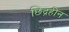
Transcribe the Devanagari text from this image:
छिद्रहीन